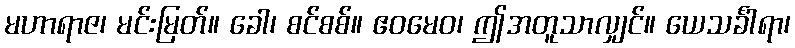
မဟာရာဇ၊ မင်းမြတ်။ ခေါ၊ စင်စစ်။ ဧဝမေဝ၊ ဤအတူသာလျှင်။ ယေသင်္ခါရာ၊